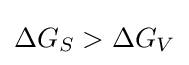
\Delta G_{S}>\Delta G_{V}